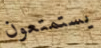
يستمتعون